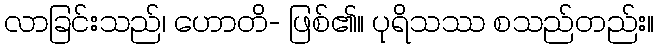
လာခြင်းသည်၊ ဟောတိ- ဖြစ်၏။ ပုရိသဿ စသည်တည်း။